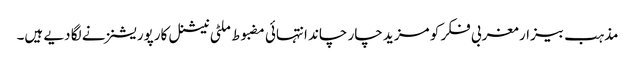
مذہب بیزار مغربی فکر کو مزید چار چاند انتہائی مضبوط ملٹی نیشنل کارپوریشنز نے لگا دیے ہیں۔